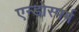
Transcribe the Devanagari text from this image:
एन्डोस्पर्म